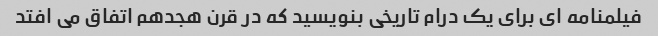
فیلمنامه ای برای یک درام تاریخی بنویسید که در قرن هجدهم اتفاق می افتد